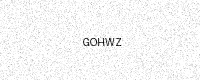
Text: GOHWZ